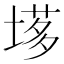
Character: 𡏗